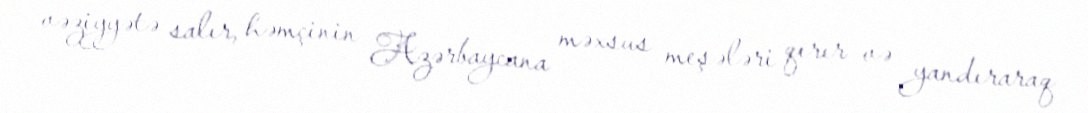
vəziyyətə salır, həmçinin Azərbaycana məxsus meşələri qırır və yandıraraq